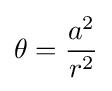
\theta ={\frac {a^{2}}{r^{2}}}